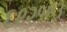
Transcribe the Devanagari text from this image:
६९२१९३